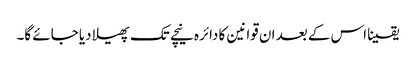
یقینا اس کے بعد ان قوانین کا دائرہ نیچے تک پھیلا دیا جائے گا۔